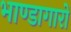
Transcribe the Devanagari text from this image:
भाण्डागारों